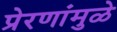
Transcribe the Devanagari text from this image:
प्रेरणांमुळे